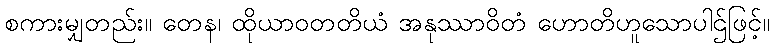
စကားမျှတည်း။ တေန၊ ထိုယာဝတတိယံ အနုဿာဝိတံ ဟောတိဟူသောပါဌ်ဖြင့်။